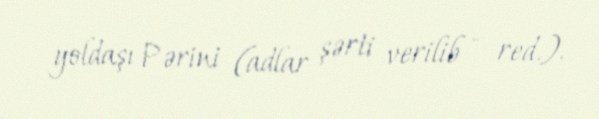
yoldaşı Pərini (adlar şərti verilib – red.).